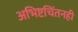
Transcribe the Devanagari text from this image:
अभिष्टचिंतनही